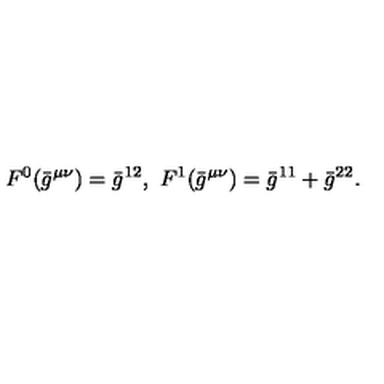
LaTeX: { } F ^ { 0 } ( \bar { g } ^ { \mu \nu } ) = \bar { g } ^ { 1 2 } , \ F ^ { 1 } ( \bar { g } ^ { \mu \nu } ) = \bar { g } ^ { 1 1 } + \bar { g } ^ { 2 2 } .